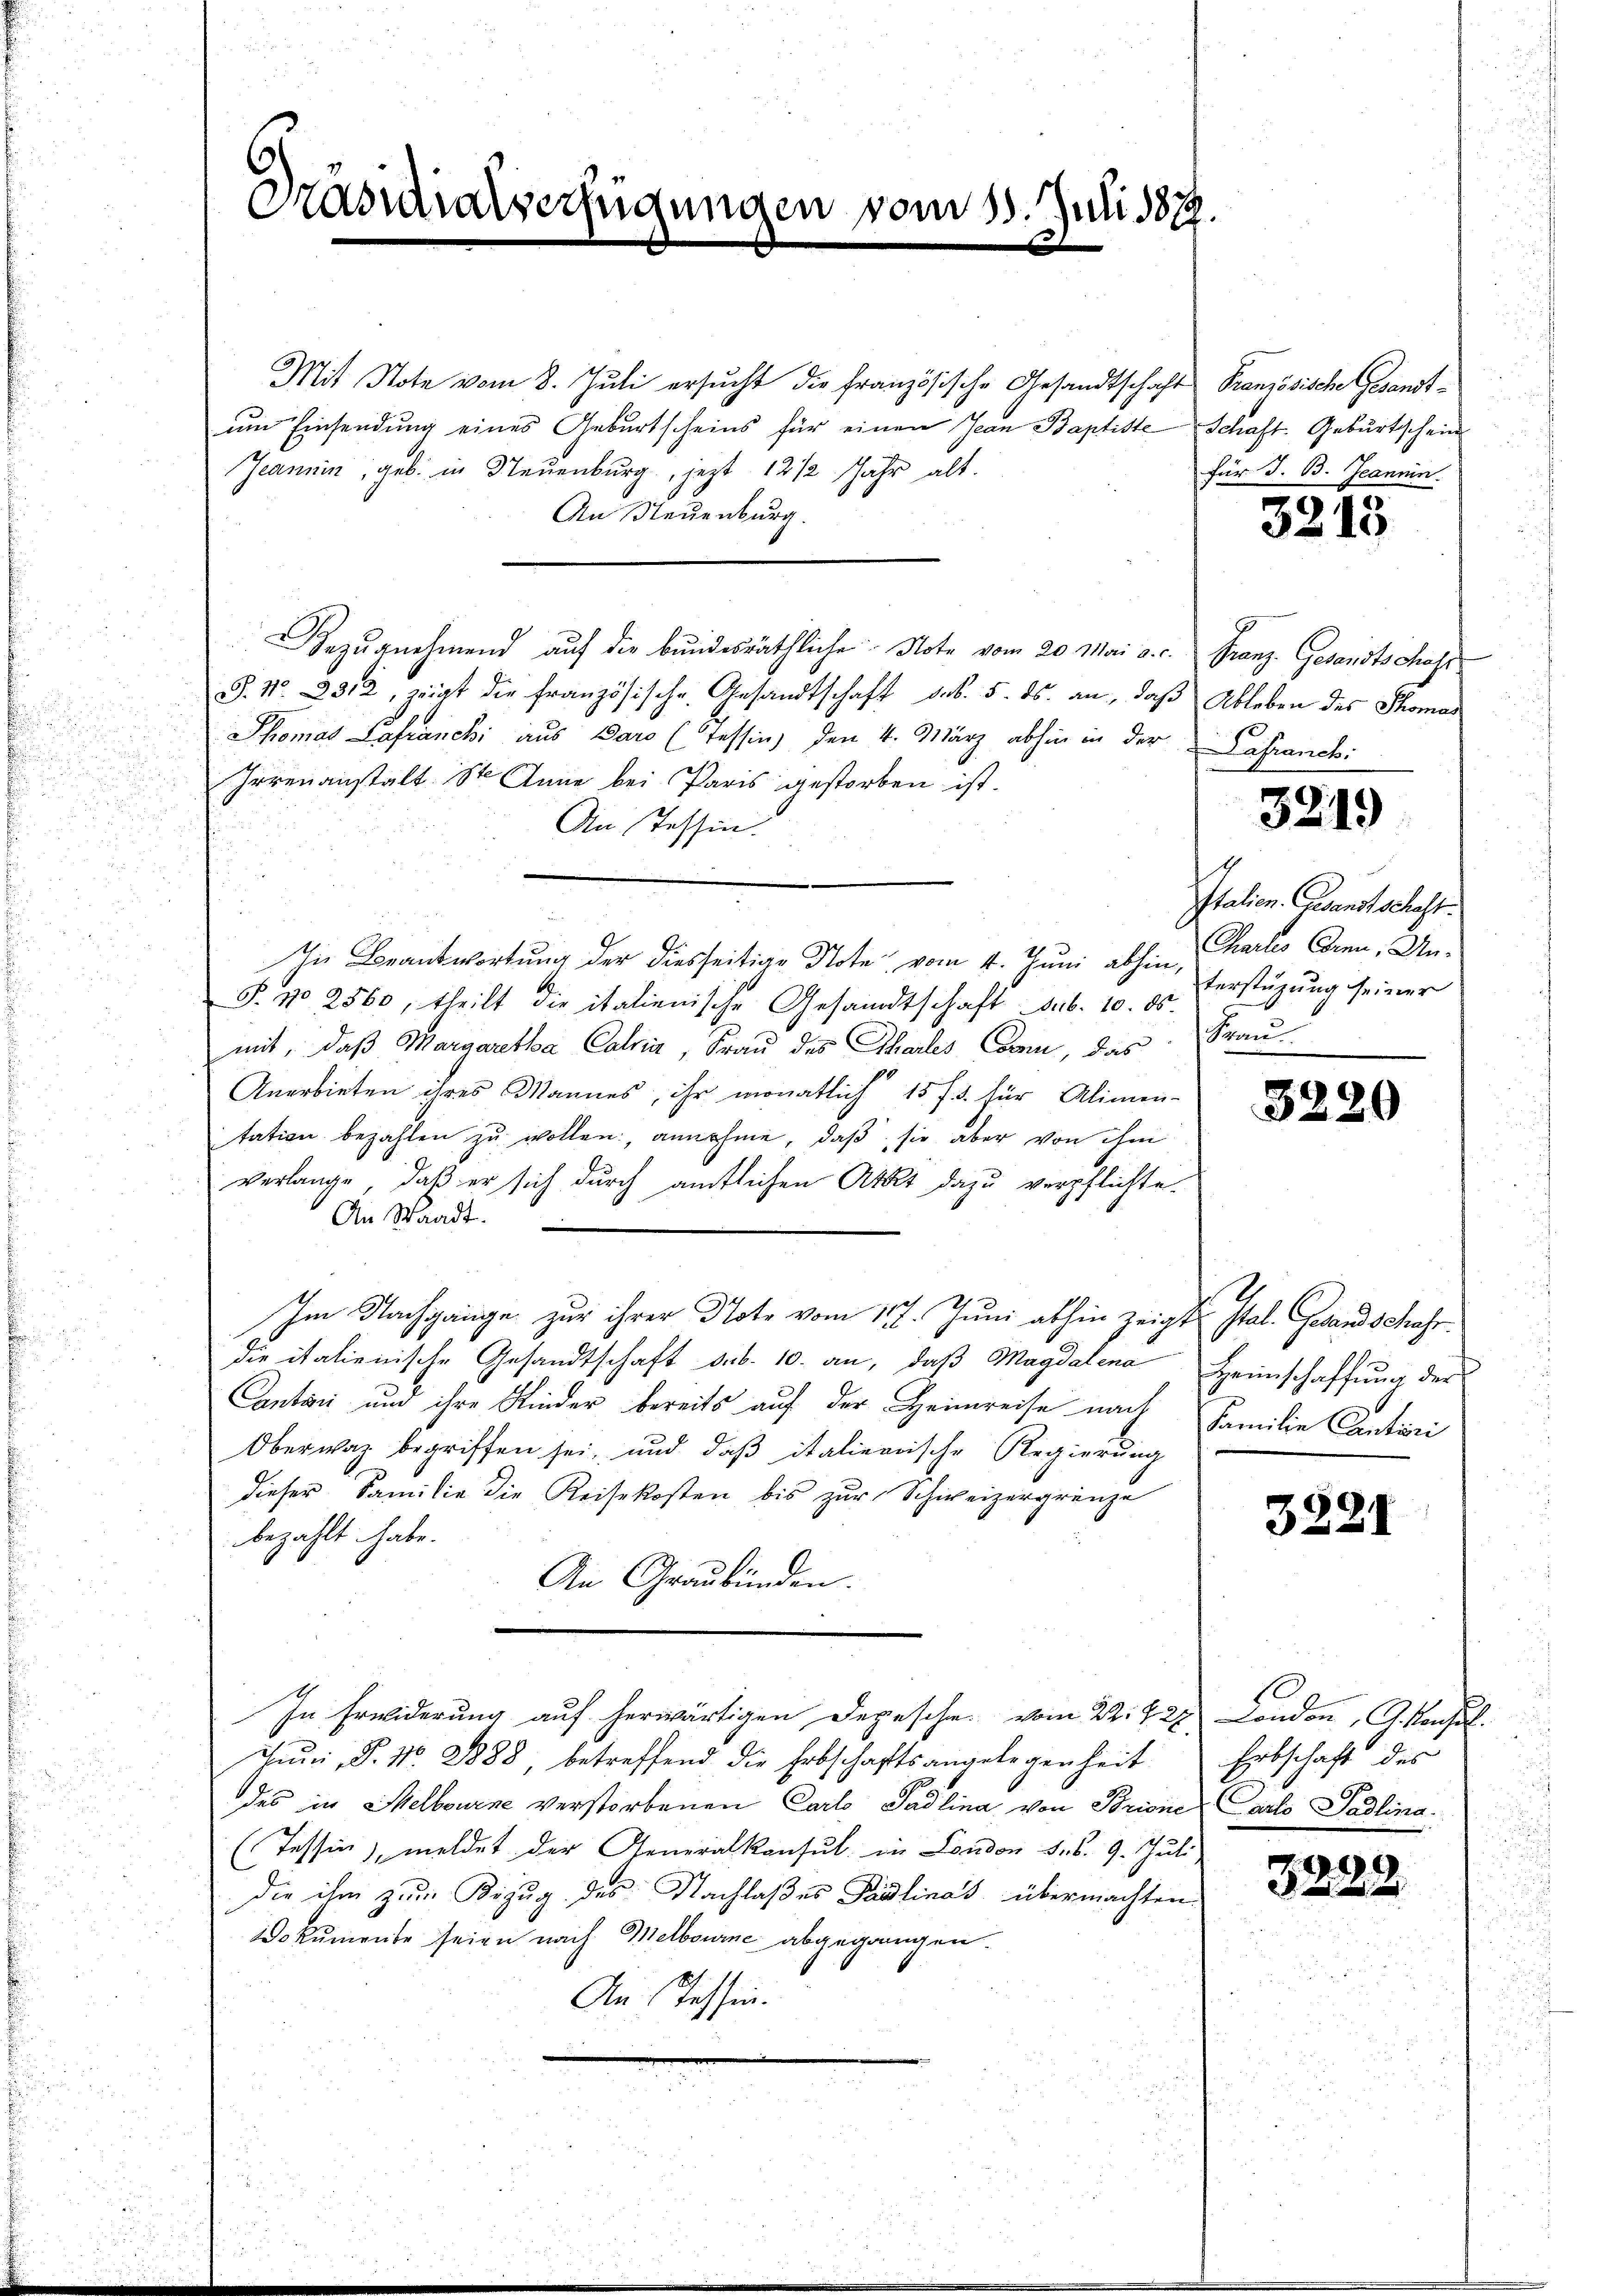
Kasialverfügungen vom 18. Juli 1879.

Mit Note vom 8. Juli ersucht die französische Gesandtschaft Französische Gesandtum Einsendung eines Geburtscheins für einen Jean Baptiste
Jeannin, geb. in Neuenburg, jetzt 12 1/2 Jahr alt.
An Neuenburg.
Bezŭgnehmend auf die bundesräthliche Note vom 20. Mai a. c. Granz. Gesandtschaff
S. Nr. 2312, zeigt die französische Gesandtschaft das. 5. ds. an, daß Ableben des Thomas
Thomas Lafranchi aus Daro (Tessin, den 4. März abhin in der Lahranck:
Irrenanstalt St. Anna bei Paris gestorben ist.
An Tessin.
In Beantwortung der diesseitige Note vom 4. Juni abhin, Karls Corn, Un¬
P. No 2560, theilt die italienische Gesandtschaft sub. 10. ds.
mit, daß Margaretha Calvin, Frau des Thales Conn, das
Anerbieten ihres Mannes, ihr monatlich 15 f. 3. für Alimen-
itation bezahlen zŭ wollen, annehme, daβ sie aber von ihm
verlange, daß er sich durch amtlichen Akt dazu verpflichte.
An Waadt.
Im Nachgange zur ihrer Note vom 17. Juni abhin zeigt stat. Gesandschahr.
die italienische Gesandtschaft sub. 10. an, daß Magdalena
Canton und ihre Kinder bereits auf der Heimreise nach
Oberwaz begriffen sei, und daß italienische Regierung
dieser Familie die Reisekosten bis zur Schweizergrenze
bezahlt habe.
An Graubünden.
In Erwiderung auf herwärtigen Depesche vom 22. 728. London, G. Konsol
Juni, P. Nr. 2888, betreffend die Erbschaftsangelegenheit
des in Melbourne verstorbenen Carlo Padlina von Brione
(Tessin, meldet der Generalkonsul in London des 9. Juli
die ihm zum Bezug des Nachlaßes Paulinas übermachten
Dokumente seien nach Melbourne abgegangen.
An Tessin.

Schaft. Geburtschein
für J. B. Jeannin

3213

3219

Italien. Gesandtschaft.
terstüzung seiner
Frau

3220

Heimschaffung der
Familie Cantari

3221

Erbschaft des
Carlo Sadlina.

325

.